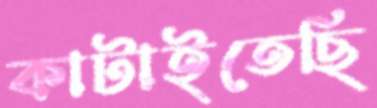
কাটাইতেছি